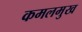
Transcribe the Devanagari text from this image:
कमलमुख